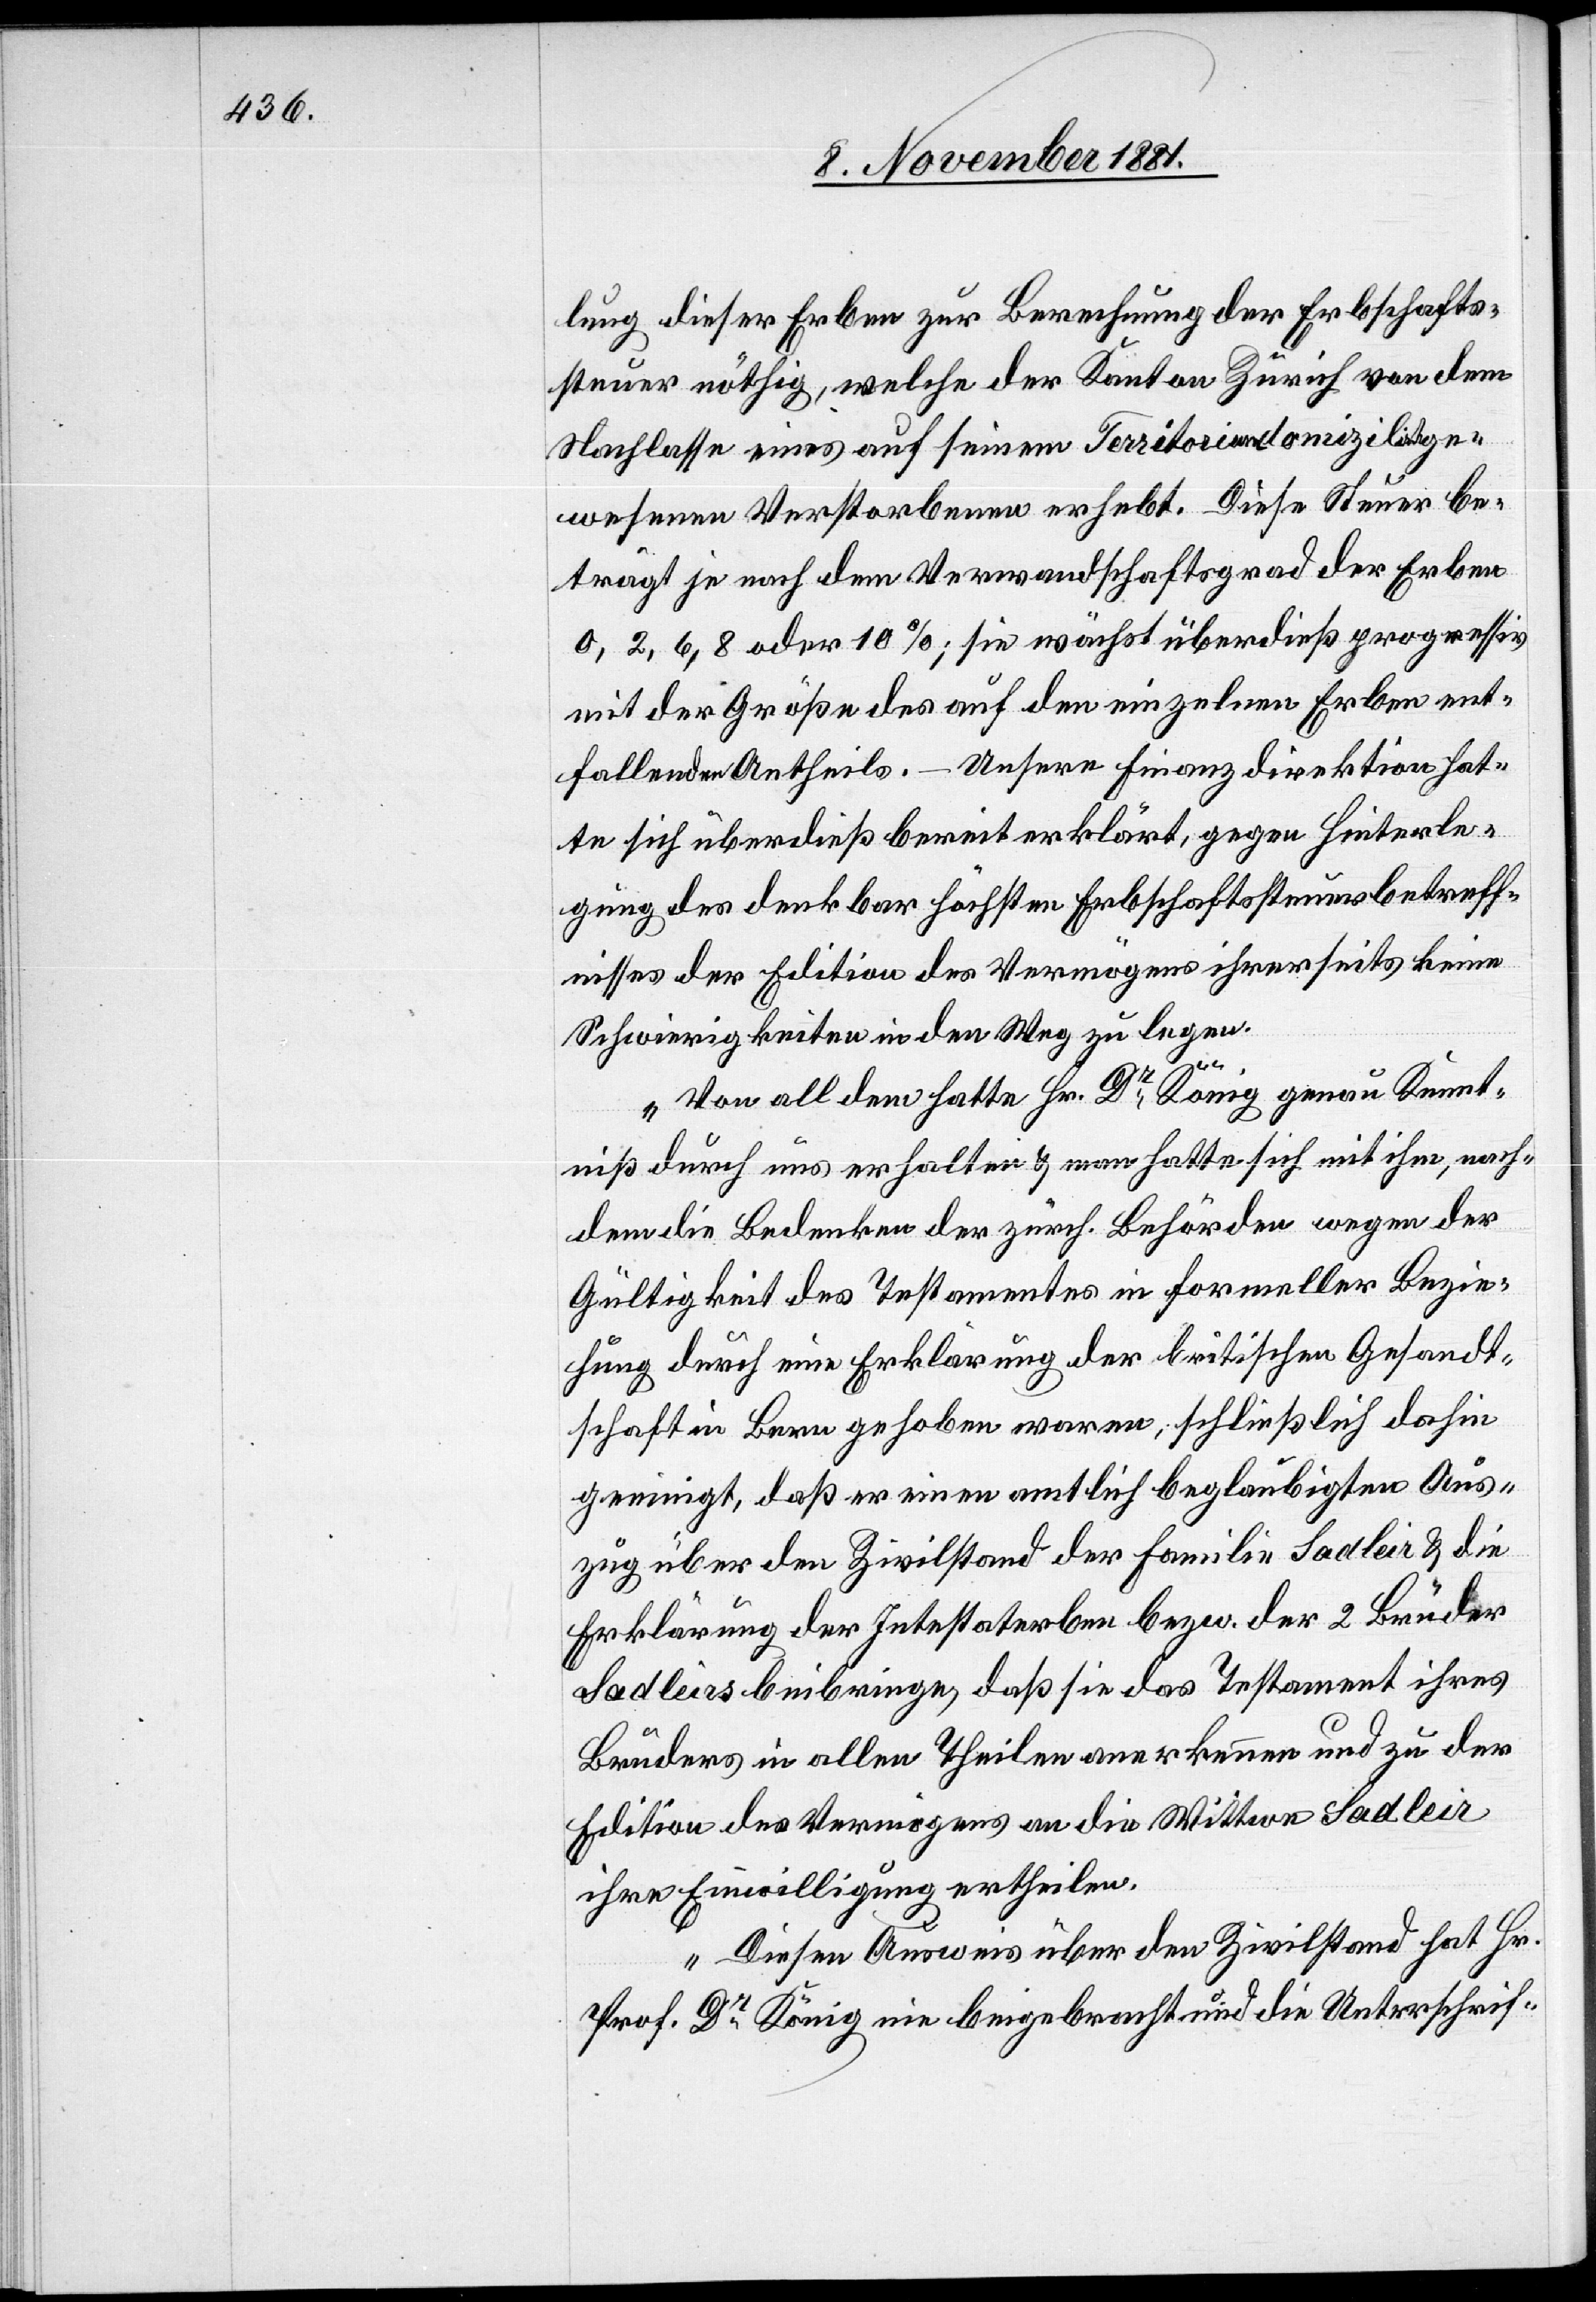
lung dieser Erben zur Berechnung der Erbschafts¬
steuer nöthig, welche der Kanton Zürich von dem
Nachlasse eines auf seinem Territoriendomizil einst ge¬
wesenen Verstorbenen erhebt. Diese Steuer be¬
trägt je nach dem Verwandtschaftsgrad der Erben
0, 2, 6, 8 oder 10%; sie wächst überdieß progressiv
mit der Größe des auf den einzelnen Erben ent¬
fallenden Antheils. – Unsere Finanzdirektion hat¬
te sich überdieß bereiterklärt, gegen Hinterle¬
gung des denkbar höchsten Erbschaftsteuerbetreff¬
nisses der Edition des Vermögens ihrerseits keine
Schwierigkeiten in den Weg zu legen.
Von all dem hatte Hr. Dr König genau Kennt¬
niß durch uns erhalten & man hatte sich mit ihm nach¬
dem die Bedenken der zürch. Behörden wegen der
Gültigkeit des Testamentes in formeller Bezie¬
hung durch eine Erklärung der britischen Gesandt¬
schaft in Bern gehoben waren, schließlich dahin
geeinigt, daß er einen amtlich beglaubigten Aus¬
zug über den Zivilstand der Familie Sadleir & die
Erklärung der Intestaterben bezw. der 2 Brüder
Sadleirs beibringe, daß sie das Testament ihres
Bruders in allen Theilen anerkennen und zu der
Edition des Vermögens an die Wittwe Sadleir
ihre Einwilligung ertheilen.
Diesen Ausweis über den Zivilstand hat Hr.
Prof. Dr König nie beigebracht und die Unterschrif-